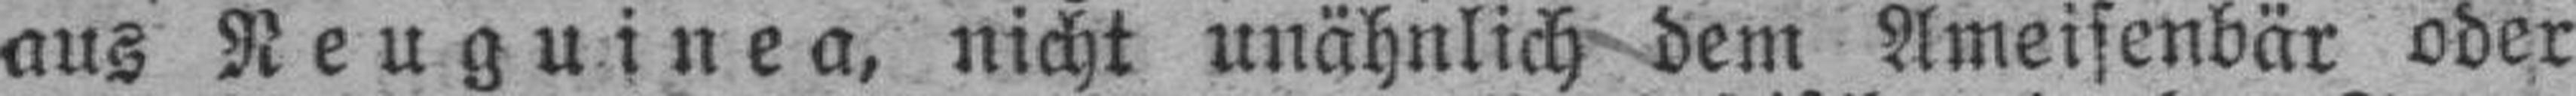
aus Neuguinea, nicht unähnlich dem Ameisenbär oder